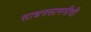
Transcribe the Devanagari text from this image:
साधनसामगीची